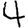
Digit: 4